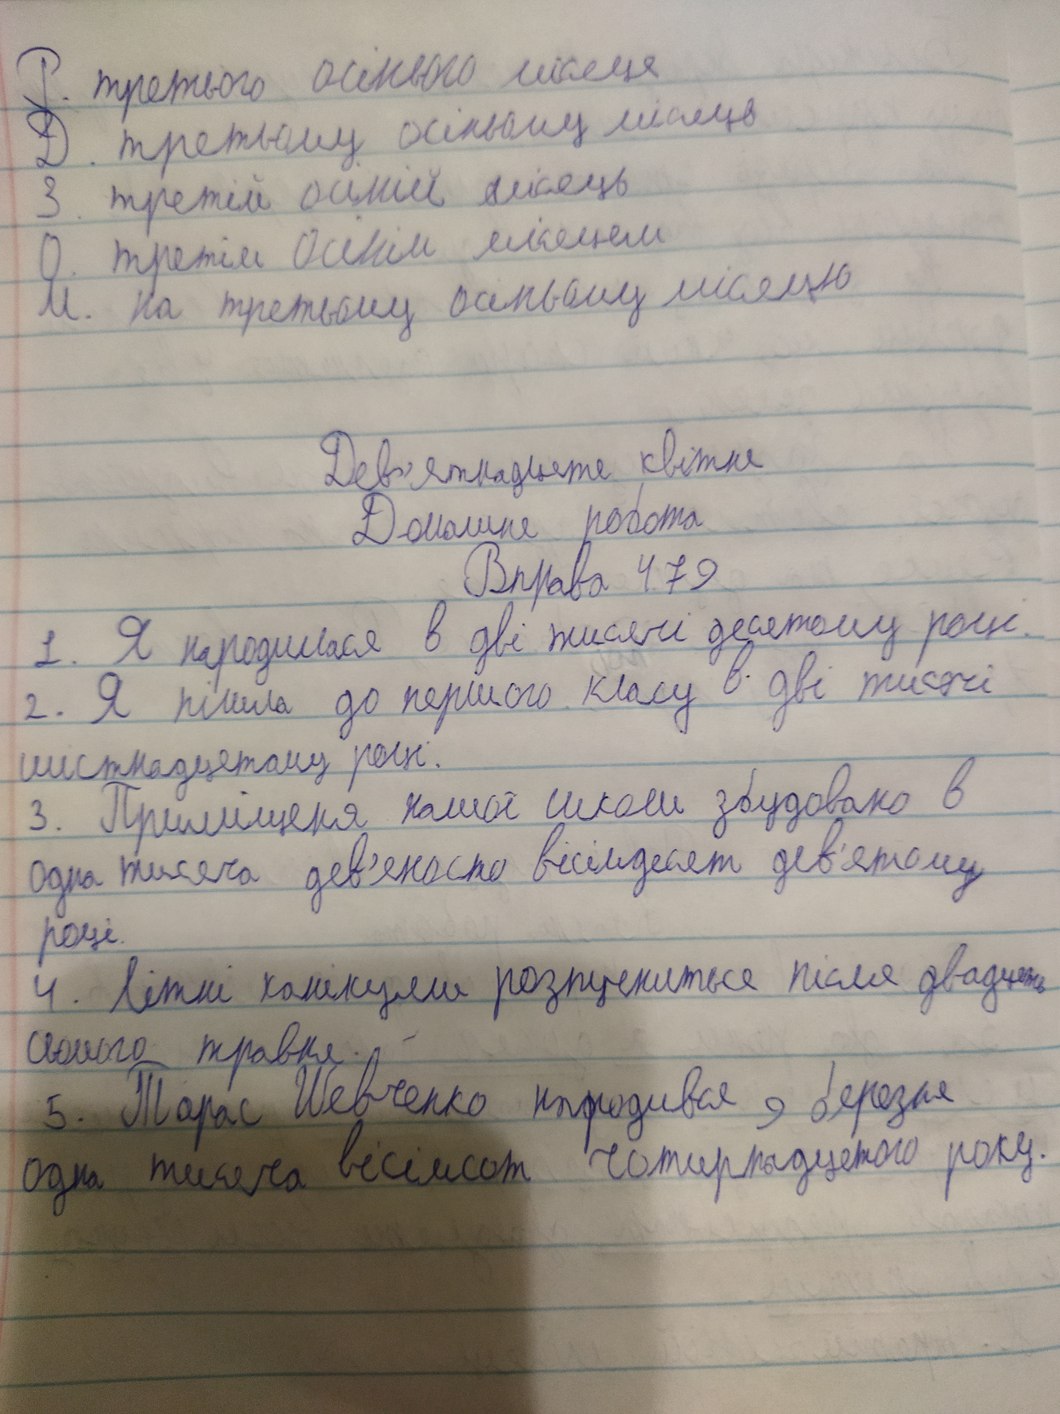
Р. третього осіннього місяця
Д. третьому осінньому місяць
З. третій осінній місяць
О. третім осінім місяцем
М. на третьому осінньому місяцю
Дев'ятнадцяте квітня
Домашня робота
Вправа 479
1. Я народилася в дві тисячі десятому році.
2. Я пішла до першого класу в дві тисячі
шістнадцятому році.
3. Приміщення нашої школи збудовано в
Одна тисяча дев'яносто вісімдесят дев'ятому
році
4. Літні канікули розпочнуться після двадцяти
сьомого травня.
Тарас Шевченко народився 9 березня
одна тисяча вісімсот чотирнадцятого року.